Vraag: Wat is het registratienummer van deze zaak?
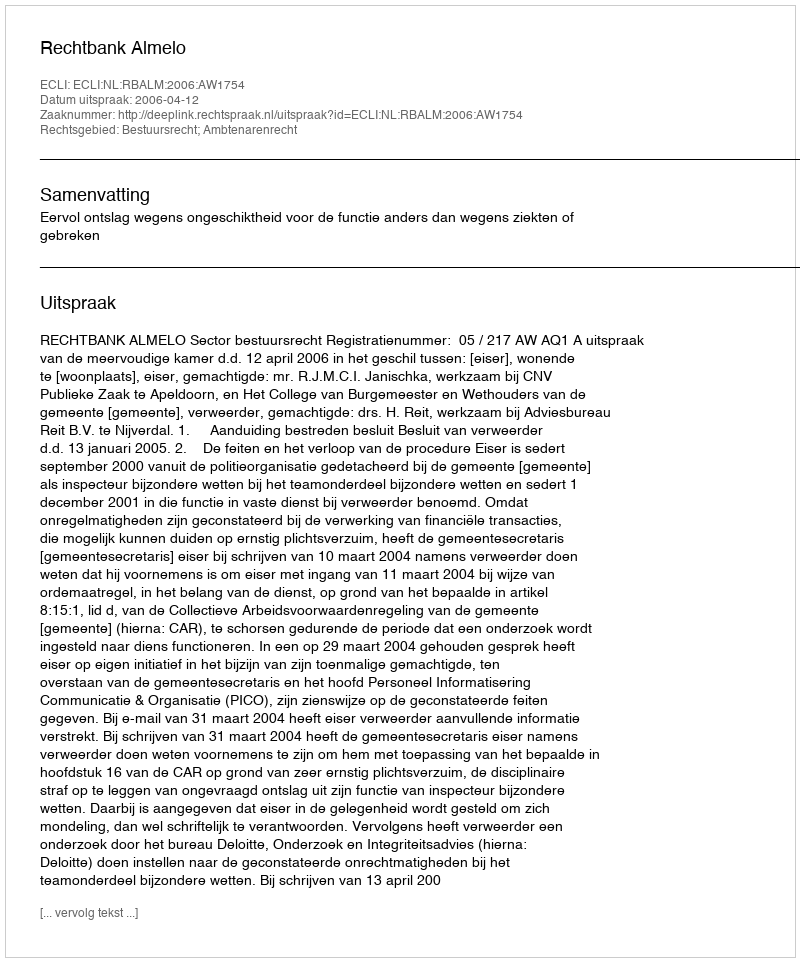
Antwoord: http://deeplink.rechtspraak.nl/uitspraak?id=ECLI:NL:RBALM:2006:AW1754